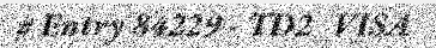
# Entry 84229 - TD2_VISA